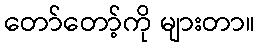
တော်တော့်ကို များတာ။